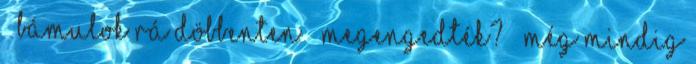
– bámulok rá döbbenten – Megengedték? – még mindig